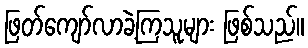
ဖြတ်ကျော်လာခဲ့ကြသူများ ဖြစ်သည်။